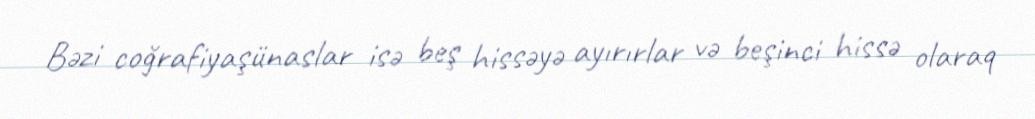
Bəzi coğrafiyaşünaslar isə beş hissəyə ayırırlar və beşinci hissə olaraq